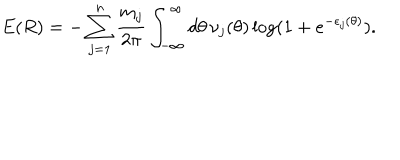
E ( R ) = - \sum _ { j = 1 } ^ { n } \frac { m _ { j } } { 2 \pi } \int _ { - \infty } ^ { \infty } d \theta \, \nu _ { j } ( \theta ) \log ( 1 + e ^ { - \epsilon _ { j } ( \theta ) } ) .